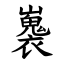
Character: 㠢